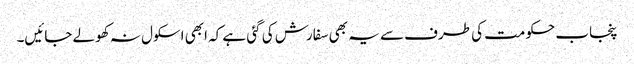
پنجاب حکومت کی طرف سے یہ بھی سفارش کی گئی ہے کہ ابھی اسکول نہ کھولے جائیں۔